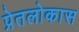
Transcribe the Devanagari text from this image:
प्रेतलोकास